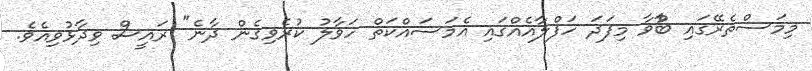
މިމަސްތެރޭގައި ބާްވާ މިފަދަ ހަފްލާއެއްގައި އެމަސައްކަތް ހަވާލު ކުރެވިގެން ދާނެ" ރައީސް ވިދާޅުވިއެވެ.